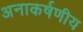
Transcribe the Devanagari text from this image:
अनाकर्षणीय